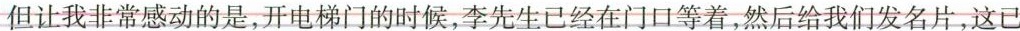
但让我非常感动的是，开电梯门的时候，李先生已经在门口等着，然后给我们发名片，这已